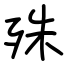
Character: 殊